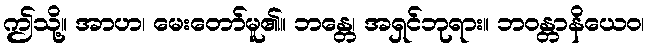
ဤသို့။ အာဟ၊ မေးတော်မူ၏။ ဘန္တေ၊ အရှင်ဘုရား။ ဘဝန္တာနိယေဝ၊